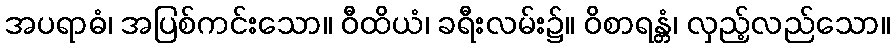
အပရာဓံ၊ အပြစ်ကင်းသော။ ဝီထိယံ၊ ခရီးလမ်း၌။ ဝိစာရန္တံ၊ လှည့်လည်သော။